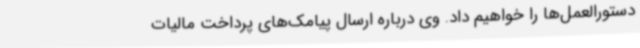
دستورالعمل‌ها را خواهیم داد. وی درباره ارسال پیامک‌های پرداخت مالیات